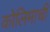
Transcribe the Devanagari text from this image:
कोलिमाची